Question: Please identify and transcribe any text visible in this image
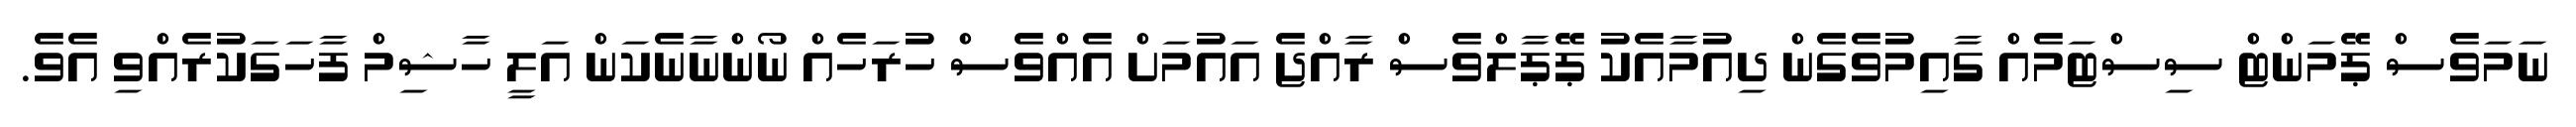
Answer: ނަމަވެސް ޕޭމަންޓް ސިސްޓަމެއް ގާއިމުވެގެން ދިއުމާއެކު ޕޭޕާލްވެސް ރާއްޖެ އައުމަށް އެއްވެސް ހުރަހެއް ނޯންނާނެކަން އަލީ ހާޝިމް ފާހަގަކުރެއްވި އެވެ.